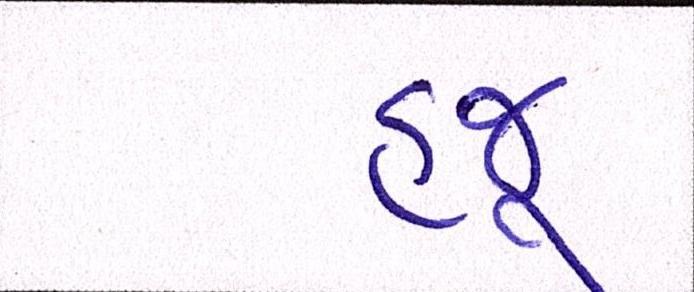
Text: હજૂ